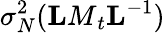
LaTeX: \sigma_{N}^{2}({\mathbf LM}_{t}{\mathbf L}^{-1})